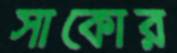
সাকোর